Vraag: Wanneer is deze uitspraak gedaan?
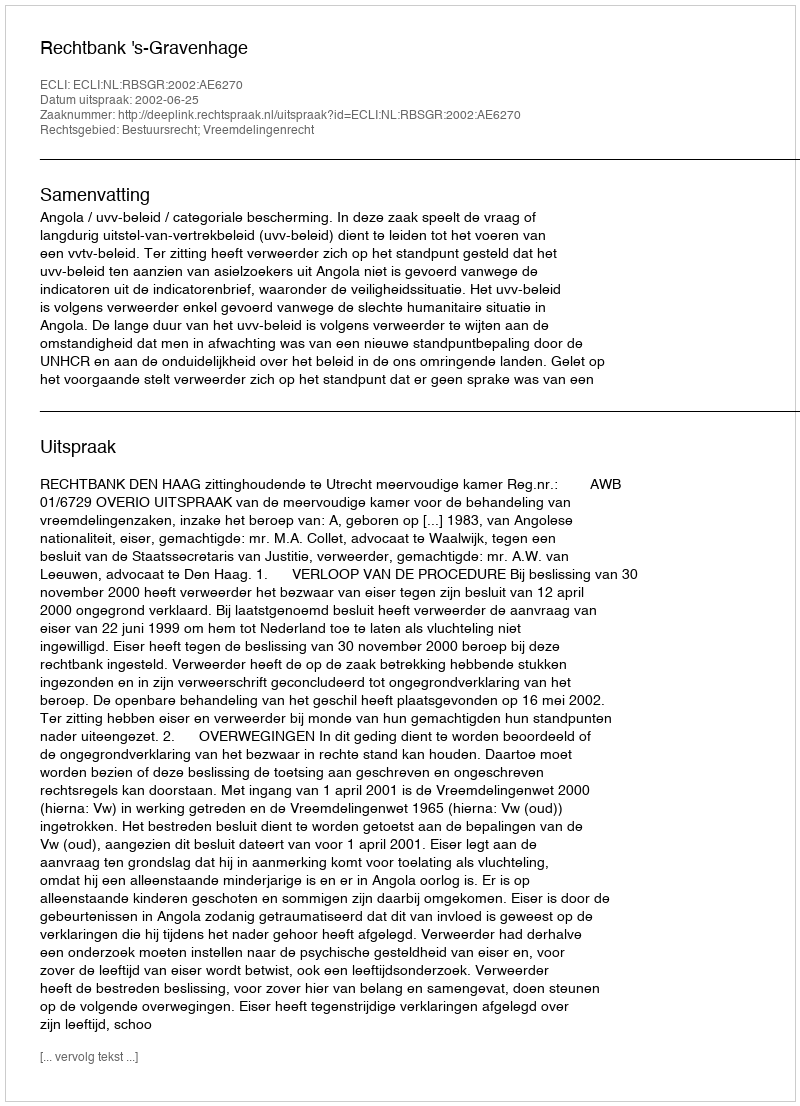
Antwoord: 2002-06-25